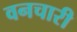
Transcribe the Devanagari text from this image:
वनचारी